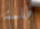
ظلمة